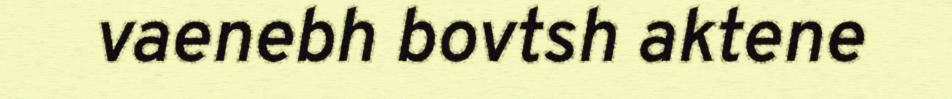
vaenebh bovtsh aktene